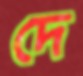
দে